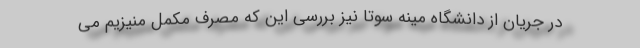
در جریان از دانشگاه مینه سوتا نیز بررسی این که مصرف مکمل منیزیم می